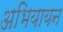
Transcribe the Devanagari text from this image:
अभियायन